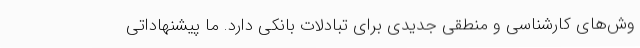
وش‌های کارشناسی و منطقی جدیدی برای تبادلات بانکی دارد. ما پیشنهاداتی